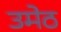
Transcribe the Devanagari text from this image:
उमेठ